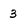
Character: 3